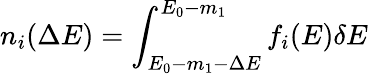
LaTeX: n_{i}(\Delta E)=\int_{E_{0}-m_{1}-\Delta E}^{E_{0}-m_{1}}f_{i}(E)\delta E